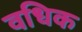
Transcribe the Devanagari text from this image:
वधिक